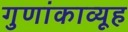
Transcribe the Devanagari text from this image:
गुणांकाव्यूह